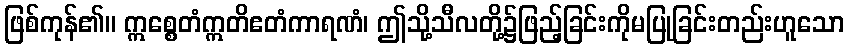
ဖြစ်ကုန်၏။ ဣစ္စေတံဣတိဧတံကာရဏံ၊ ဤသို့သီလတို့၌ဖြည့်ခြင်းကိုမပြုခြင်းတည်းဟူသော